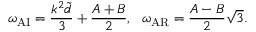
\omega _ { \mathrm { A I } } = \frac { k ^ { 2 } \widetilde { d } } { 3 } + \frac { A + B } { 2 } , ~ ~ \omega _ { \mathrm { A R } } = \frac { A - B } { 2 } \sqrt { 3 } .